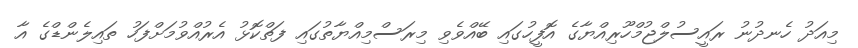
މިއަދު ހެނދުނު ރައީސުލްޖުމްހޫރިއްޔާގެ އޮފީހުގައި ބޭއްވެވި މިރަސްމިއްޔާތުގައި ފަތްކޮޅު އެރުއްވުމަށްފަހު ތައިލެންޑްގެ އާ